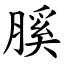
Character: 膎